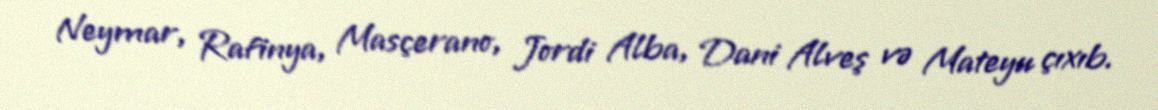
Neymar, Rafinya, Masçerano, Jordi Alba, Dani Alveş və Mateyu çıxıb.